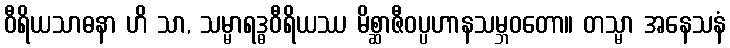
ဝီရိယသာဓနာ ဟိ သာ, သမ္မာရဒ္ဓဝီရိယဿ မိစ္ဆာဇီဝပ္ပဟာနသမ္ဘဝတော။ တသ္မာ အနေသနံ